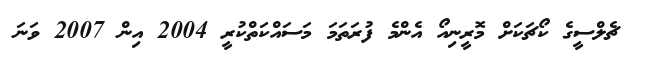
ޗެލްސީގެ ކޯޗަކަށް މޮރީނިއޯ އެންމެ ފުރަތަމަ މަސައްކަތްކުރީ 2004 އިން 2007 ވަނަ